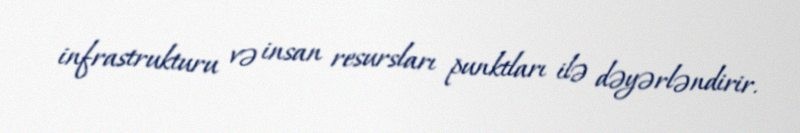
infrastrukturu və insan resursları punktları ilə dəyərləndirir.